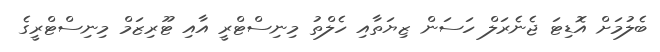
ބެލުމަށް އޮޑިޓަ ޖެނެރަލް ހަސަން ޒިޔަތާއި ހެލްތު މިނިސްޓްރީ އާއި ޓޫރިޒަމް މިނިސްޓްރީގެ